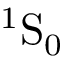
{ } ^ { 1 } \mathrm { S } _ { 0 }